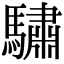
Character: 驌